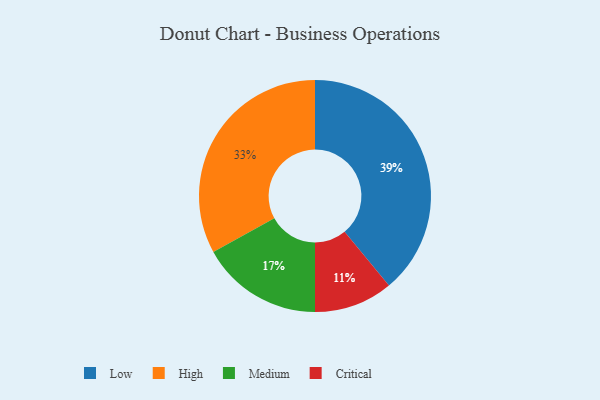
{"axis": {"x": "Category", "y": "Percentage"}, "legend": ["Critical", "High", "Low", "Medium"], "data": [{"x": "High", "y": 33, "type": "High"}, {"x": "Low", "y": 39, "type": "Low"}, {"x": "Medium", "y": 17, "type": "Medium"}, {"x": "Critical", "y": 11, "type": "Critical"}]}